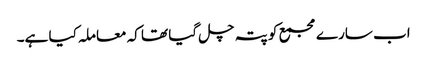
اب سارے مجمع کو پتہ چل گیا تھا کہ معاملہ کیا ہے۔